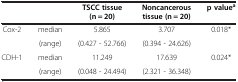
|  |  | TSCC tissue (n = 20) | Noncancerous tissue (n = 20) | p valuea |
 | --- | --- | --- | --- | --- |
 | Cox-2 | median | 5.865 | 3.707 | 0.018* |
 |  | (range) | (0.427 - 52.766) | (0.394 - 24.626) |  |
 | CDH-1 | median | 11.249 | 17.639 | 0.024* |
 |  | (range) | (0.048 - 24.494) | (2.321 - 36.348) |  |